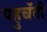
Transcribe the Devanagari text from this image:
पहुचॅती